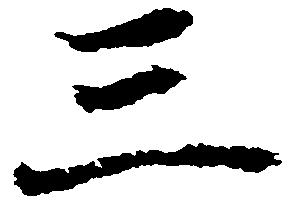
三